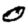
Digit: 0